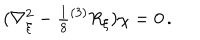
( \nabla _ { \xi } ^ { 2 } - { \textstyle \frac { 1 } { 8 } } { } ^ { ( 3 ) } R _ { \xi } ) \chi = 0 \, .